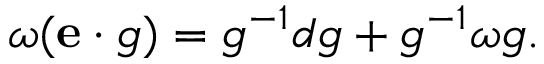
\omega ( { \mathbf { e } } \cdot g ) = g ^ { - 1 } d g + g ^ { - 1 } \omega g .